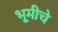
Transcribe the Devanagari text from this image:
भूमीचे